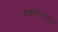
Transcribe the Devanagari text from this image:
यंत्रणेपासून